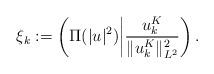
LaTeX: \begin{align*}\xi_k:=\left( \Pi(|u|^2)\middle\vert \frac{u_k^K}{\|u_k^K\|_{L^2}^2}\right).\end{align*}